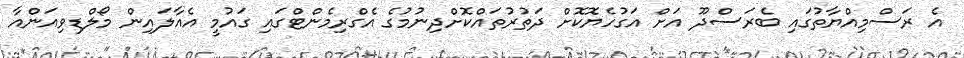
އެ ރަސްމިއްޔާތުގައި ބެރަސްދޫ އަށް އަގުހެޔޮކޮށް ދަތުރުތައްކޮށްދިނުމުގެ އެގްރިމެންޓްގައި ގައުމީ އެއާލައިން މޯލްޑިވިއަންއާ